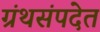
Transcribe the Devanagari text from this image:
ग्रंथसंपदेत